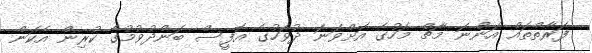
ފަރާތްތައް އަންނަ މާޗް މަހުގެ އަށްވަނަ ދުވަހުގެ އޮފީސް ބަންދުވުމުގެ ކުރިން އެކަން